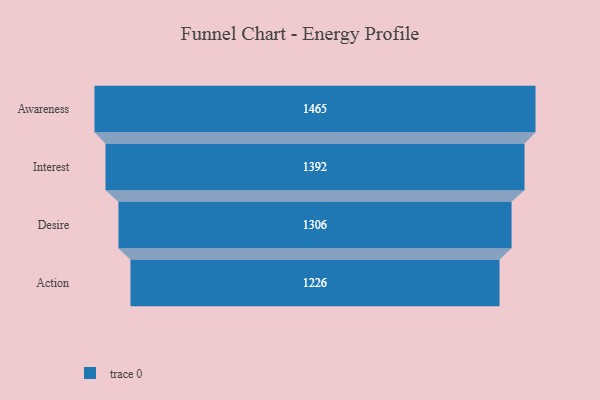
{"axis": {"x": "Stage", "y": "Value"}, "legend": [""], "data": [{"x": "Awareness", "y": 1465.0, "type": ""}, {"x": "Interest", "y": 1392.0, "type": ""}, {"x": "Desire", "y": 1306.0, "type": ""}, {"x": "Action", "y": 1226.0, "type": ""}]}